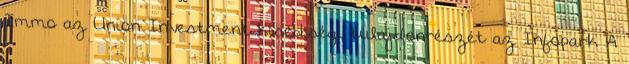
Immo az Union Investment kisebbségi tulajdonrészét az Infopark A